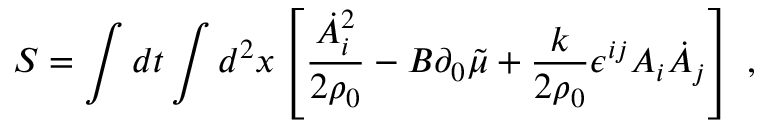
S = \int d t \int d ^ { 2 } x \left[ \frac { \dot { A } _ { i } ^ { 2 } } { 2 \rho _ { 0 } } - B \partial _ { 0 } \tilde { \mu } + \frac { k } { 2 \rho _ { 0 } } \epsilon ^ { i j } A _ { i } \dot { A } _ { j } \right] \; ,